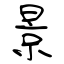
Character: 景